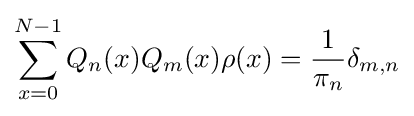
\sum _{x=0}^{N-1}Q_{n}(x)Q_{m}(x)\rho (x)={\frac {1}{\pi _{n}}}\delta _{m,n}